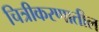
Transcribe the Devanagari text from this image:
चित्रीकरणातील